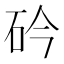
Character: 砛